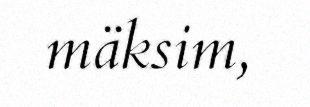
mäksim,